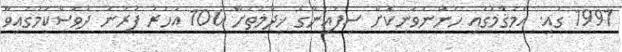
1991 ގައި. އެމަޤާމުގައި ހުންނަވަނިކޮށް ސިފައިންގެ ޚިދުމަތަށް 100 އަހަރު ފުރުނު ދުވަސްކަމުގައިވާ